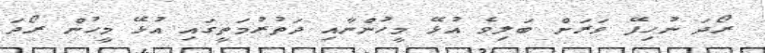
ރޯދަ ނުހިފޭ ވަރަށް ބަލިވެ އުޅޭ މީހުންނާއި ދަތުރުމަތީގައި އުޅޭ މީހުން ރޯދަ